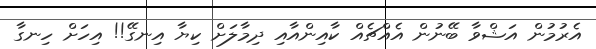
އެރުމުން އަޝްވާ ބޭނުން އެއްޗެއް ކާއިންއާއި ދިމާލަށް ކިޔާ އިނގޭ!! އިހަށް ހިނގާ